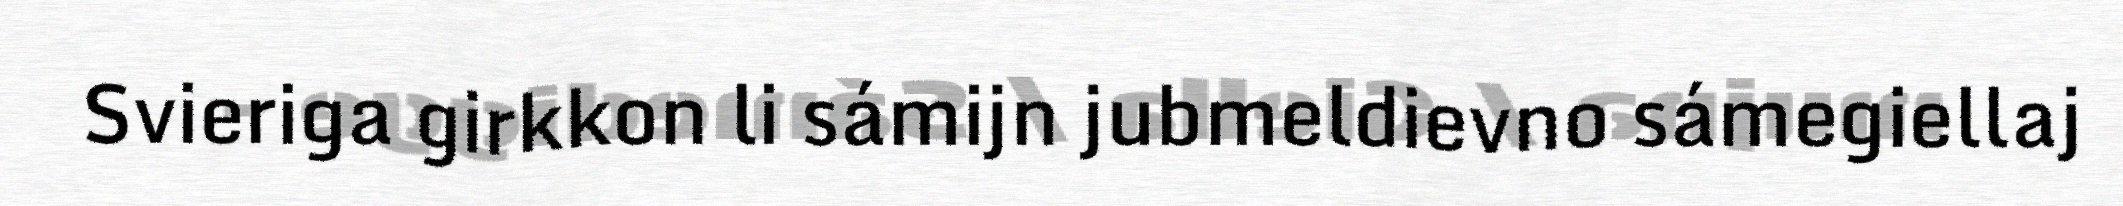
Svieriga girkkon li sámijn jubmeldievno sámegiellaj